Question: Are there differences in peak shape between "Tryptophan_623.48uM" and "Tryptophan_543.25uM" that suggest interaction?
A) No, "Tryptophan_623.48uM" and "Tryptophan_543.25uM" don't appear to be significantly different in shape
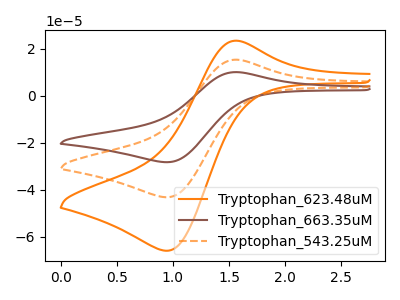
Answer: <think>The orange curve "Tryptophan_623.48uM" has an anodic peak at (1.55V, 23.45uA) and a cathodic peak at (0.95V, -66.05uA). The brown curve "Tryptophan_663.35uM" has an anodic peak at (1.55V, 30.70uA) and a cathodic peak at (0.95V, -86.50uA). The orange dashed curve "Tryptophan_543.25uM" has an anodic peak at (1.55V, 15.35uA) and a cathodic peak at (0.95V, -43.25uA).
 All the peaks in "Tryptophan_623.48uM" have a peak in "Tryptophan_543.25uM" at the same potential. Every peak in "Tryptophan_623.48uM" is higher than every peak in "Tryptophan_543.25uM".</think>
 <answer>A) No, "Tryptophan_623.48uM" and "Tryptophan_543.25uM" don't appear to be significantly different in shape</answer>
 <eval>A</eval>